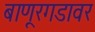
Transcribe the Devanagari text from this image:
बाणूरगडावर